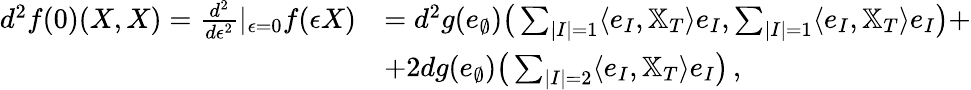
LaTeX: \begin{array}{rl}{d^{2}f(0)(X,X)=\frac{d^{2}}{d\epsilon^{2}}|_{\epsilon=0}f(\epsilon X)}&{=d^{2}g(e_{\emptyset})\big(\sum_{|I|=1}\langle e_{I},\mathbb{X}_{T}\rangle e_{I},\sum_{|I|=1}\langle e_{I},\mathbb{X}_{T}\rangle e_{I}\big)+}\\ &{+2dg(e_{\emptyset})\big(\sum_{|I|=2}\langle e_{I},\mathbb{X}_{T}\rangle e_{I}\big)\, ,}\end{array}